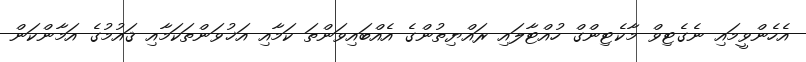
އެހެންވީމައި ނެގެޓިވް މާކެޓިންގް ހުއްޓާލައި ރައްޔިތުންގެ އެއްބައިވަންތަ ކަމާއި އަޚުވަންތަކަމާއި ޤައުމުގެ އަމާންކަން